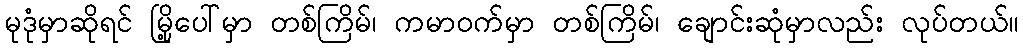
မုဒုံမှာဆိုရင် မြို့ပေါ်မှာ တစ်ကြိမ်၊ ကမာဝက်မှာ တစ်ကြိမ်၊ ချောင်းဆုံမှာလည်း လုပ်တယ်။